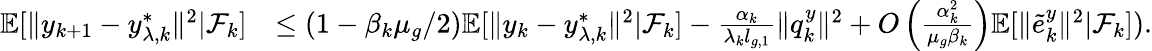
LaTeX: \begin{array}{rl}{\mathbb{E}[\| y_{k+1}-y_{\lambda,k}^{*}\| ^{2}|\mathcal{F}_{k}]}&{\le(1-\beta_{k}\mu_{g}/2)\mathbb{E}[\| y_{k}-y_{\lambda,k}^{*}\| ^{2}|\mathcal{F}_{k}]-\frac{\alpha_{k}}{\lambda_{k}l_{g,1}}\| q_{k}^{y}\| ^{2}+O\left(\frac{\alpha_{k}^{2}}{\mu_{g}\beta_{k}}\right)\mathbb{E}[\| \tilde{e}_{k}^{y}\| ^{2}|\mathcal{F}_{k}]).}\end{array}